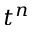
t ^ { n }